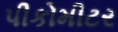
પીકોમીટર